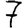
Digit: 7